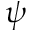
\psi